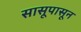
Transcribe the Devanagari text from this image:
सासूपासून